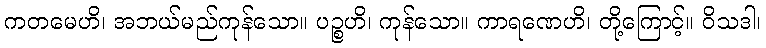
ကတမေဟိ၊ အဘယ်မည်ကုန်သော။ ပဉ္စဟိ၊ ကုန်သော။ ကာရဏေဟိ၊ တို့ကြောင့်။ ဝိသဒါ၊